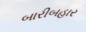
બારીબહાર